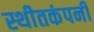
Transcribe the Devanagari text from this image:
स्थीतकंपनी